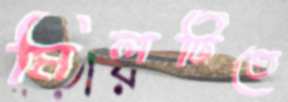
মিলটিতে